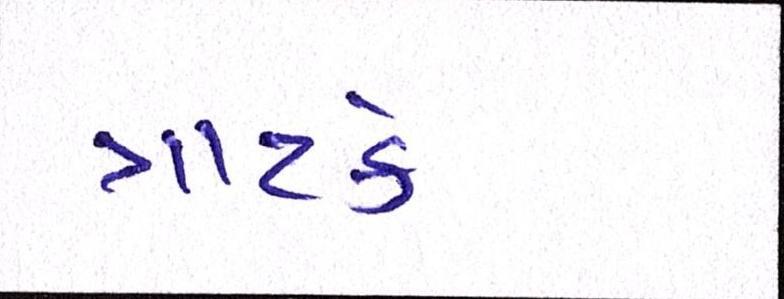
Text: ત્રાટકે